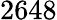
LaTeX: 2648